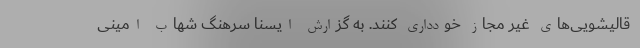
قالیشویی‌های غیر مجاز خودداری کنند. به گزارش ایسنا سرهنگ شهاب امینی